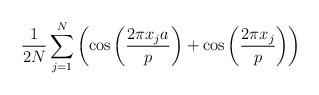
LaTeX: \begin{align*} \frac{1}{2N} \sum^{N}_{j=1} \left( \cos \left(\frac{2 \pi x_ja }{p} \right) + \cos \left(\frac{2 \pi x_j }{p}\right) \right)\end{align*}